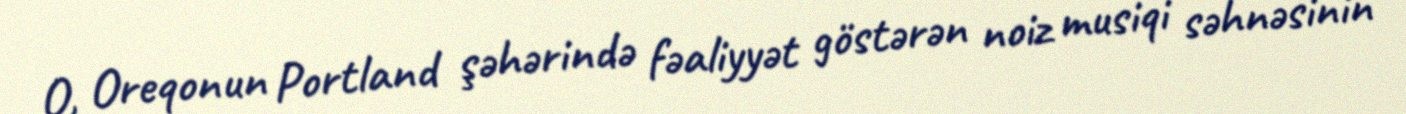
O, Oreqonun Portland şəhərində fəaliyyət göstərən noiz musiqi səhnəsinin